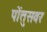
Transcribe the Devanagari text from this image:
पोंतुसवर